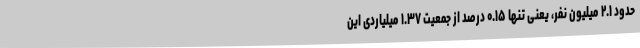
حدود ۲.۱ میلیون نفر، یعنی تنها ۰.۱۵ درصد از جمعیت ۱.۳۷ میلیاردی این